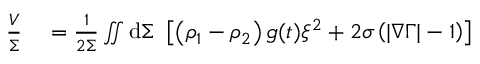
\begin{array} { r l } { \frac { V } { \Sigma } } & { { } = \frac { 1 } { 2 \Sigma } \iint \mathrm { d } \Sigma ~ \left[ \left( \rho _ { 1 } - \rho _ { 2 } \right) g ( t ) \xi ^ { 2 } + 2 \sigma \left( | \nabla \Gamma | - 1 \right) \right] } \end{array}